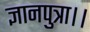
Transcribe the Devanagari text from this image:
ज्ञानपुत्रा।।